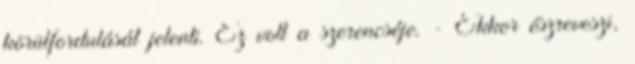
körülfordulását jelenti. Ez volt a szerencséje. - Ekkor észreveszi,